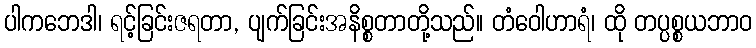
ပါကဘေဒါ၊ ရင့်ခြင်းဇရတာ, ပျက်ခြင်းအနိစ္စတာတို့သည်။ တံဝေါဟာရံ၊ ထို တပ္ပစ္စယဘာဝ